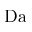
\mathrm { D a }